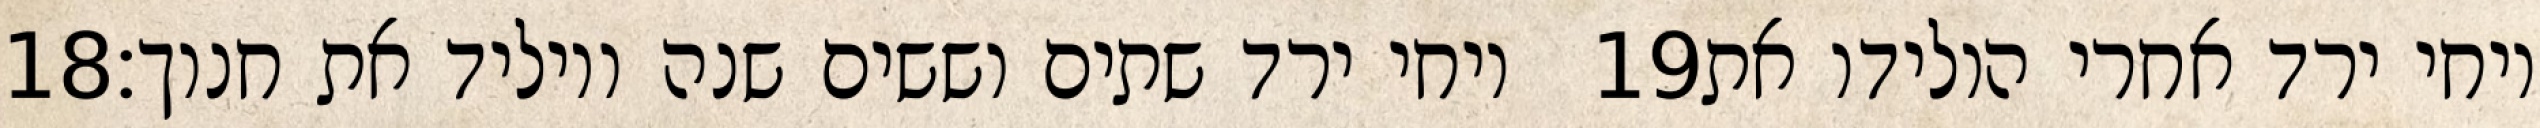
‎18‏ ויחי ירד שתים וששים שנה ויוליד את חנוך׃ ‎19‏ ויחי ירד אחרי הולידו את